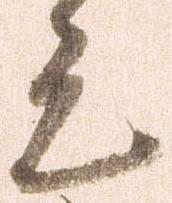
元